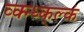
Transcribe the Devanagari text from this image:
व्क्न्ध्क्ल्कं